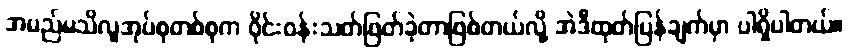
အမည်မသိလူအုပ်စုတစ်စုက ဝိုင်းဝန်းသတ်ဖြတ်ခဲ့တာဖြစ်တယ်လို့ အဲဒီထုတ်ပြန်ချက်မှာ ပါရှိပါတယ်။